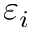
\varepsilon _ { i }